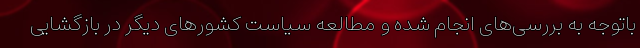
باتوجه به بررسی‌های انجام شده و مطالعه سیاست کشورهای دیگر در بازگشایی